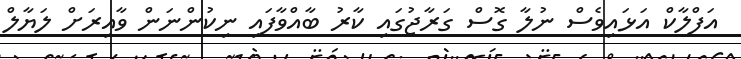
އަފްލާކް އަޅައިވެސް ނުލާ ގޮސް ގަރާޖުގައި ކާރު ބާއްވާފައި ނިކުންނަން ވާއިރަށް ލަޔާލް